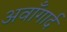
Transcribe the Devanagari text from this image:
अवाँगार्द